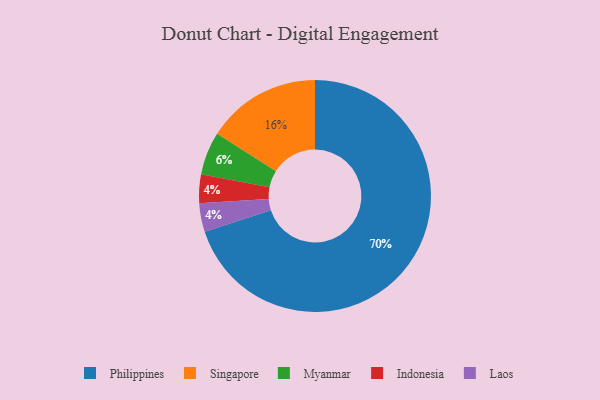
{"axis": {"x": "Category", "y": "Percentage"}, "legend": ["Indonesia", "Laos", "Myanmar", "Philippines", "Singapore"], "data": [{"x": "Singapore", "y": 16, "type": "Singapore"}, {"x": "Philippines", "y": 70, "type": "Philippines"}, {"x": "Myanmar", "y": 6, "type": "Myanmar"}, {"x": "Indonesia", "y": 4, "type": "Indonesia"}, {"x": "Laos", "y": 4, "type": "Laos"}]}